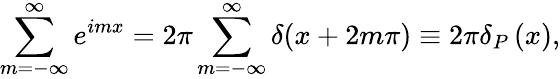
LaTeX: \sum_{m=-\infty}^{\infty}e^{imx}=2\pi\sum_{m=-\infty}^{\infty}\delta(x+2m\pi)\equiv 2\pi\delta_{P}\left(x\right),